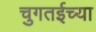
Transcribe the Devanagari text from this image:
चुगतईच्या